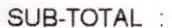
SUB-TOTAL: